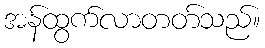
အန်ထွက်လာတတ်သည်။